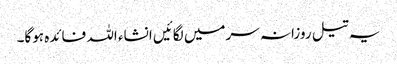
یہ تیل روزانہ سرمیں لگائیں انشاء اللہ فائدہ ہوگا۔